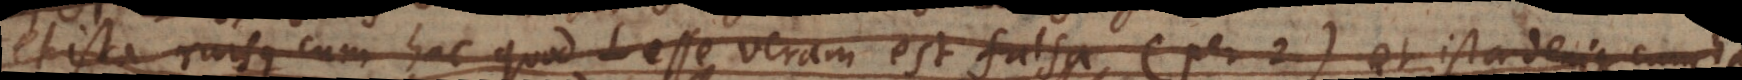
et ista rursus cum hac quod L esse veram est falsa (per eandem *)